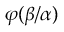
\varphi ( \beta / \alpha )